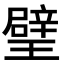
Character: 𤩹